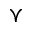
\curlyvee